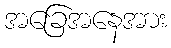
အခြေအနေအား